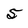
Character: 5